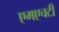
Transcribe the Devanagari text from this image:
एमएचटी